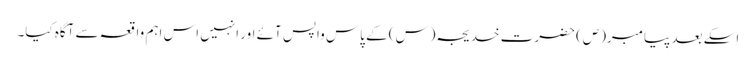
اسکے بعد پیامبر(ص) حضرت خدیجہ(س) کے پاس واپس آئے اور انہیں اس اہم واقعہ سے آگاہ کیا۔